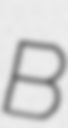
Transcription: B